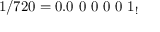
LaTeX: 1 / 7 2 0 = 0 . 0 \ 0 \ 0 \ 0 \ 0 \ 1 _ { ! }